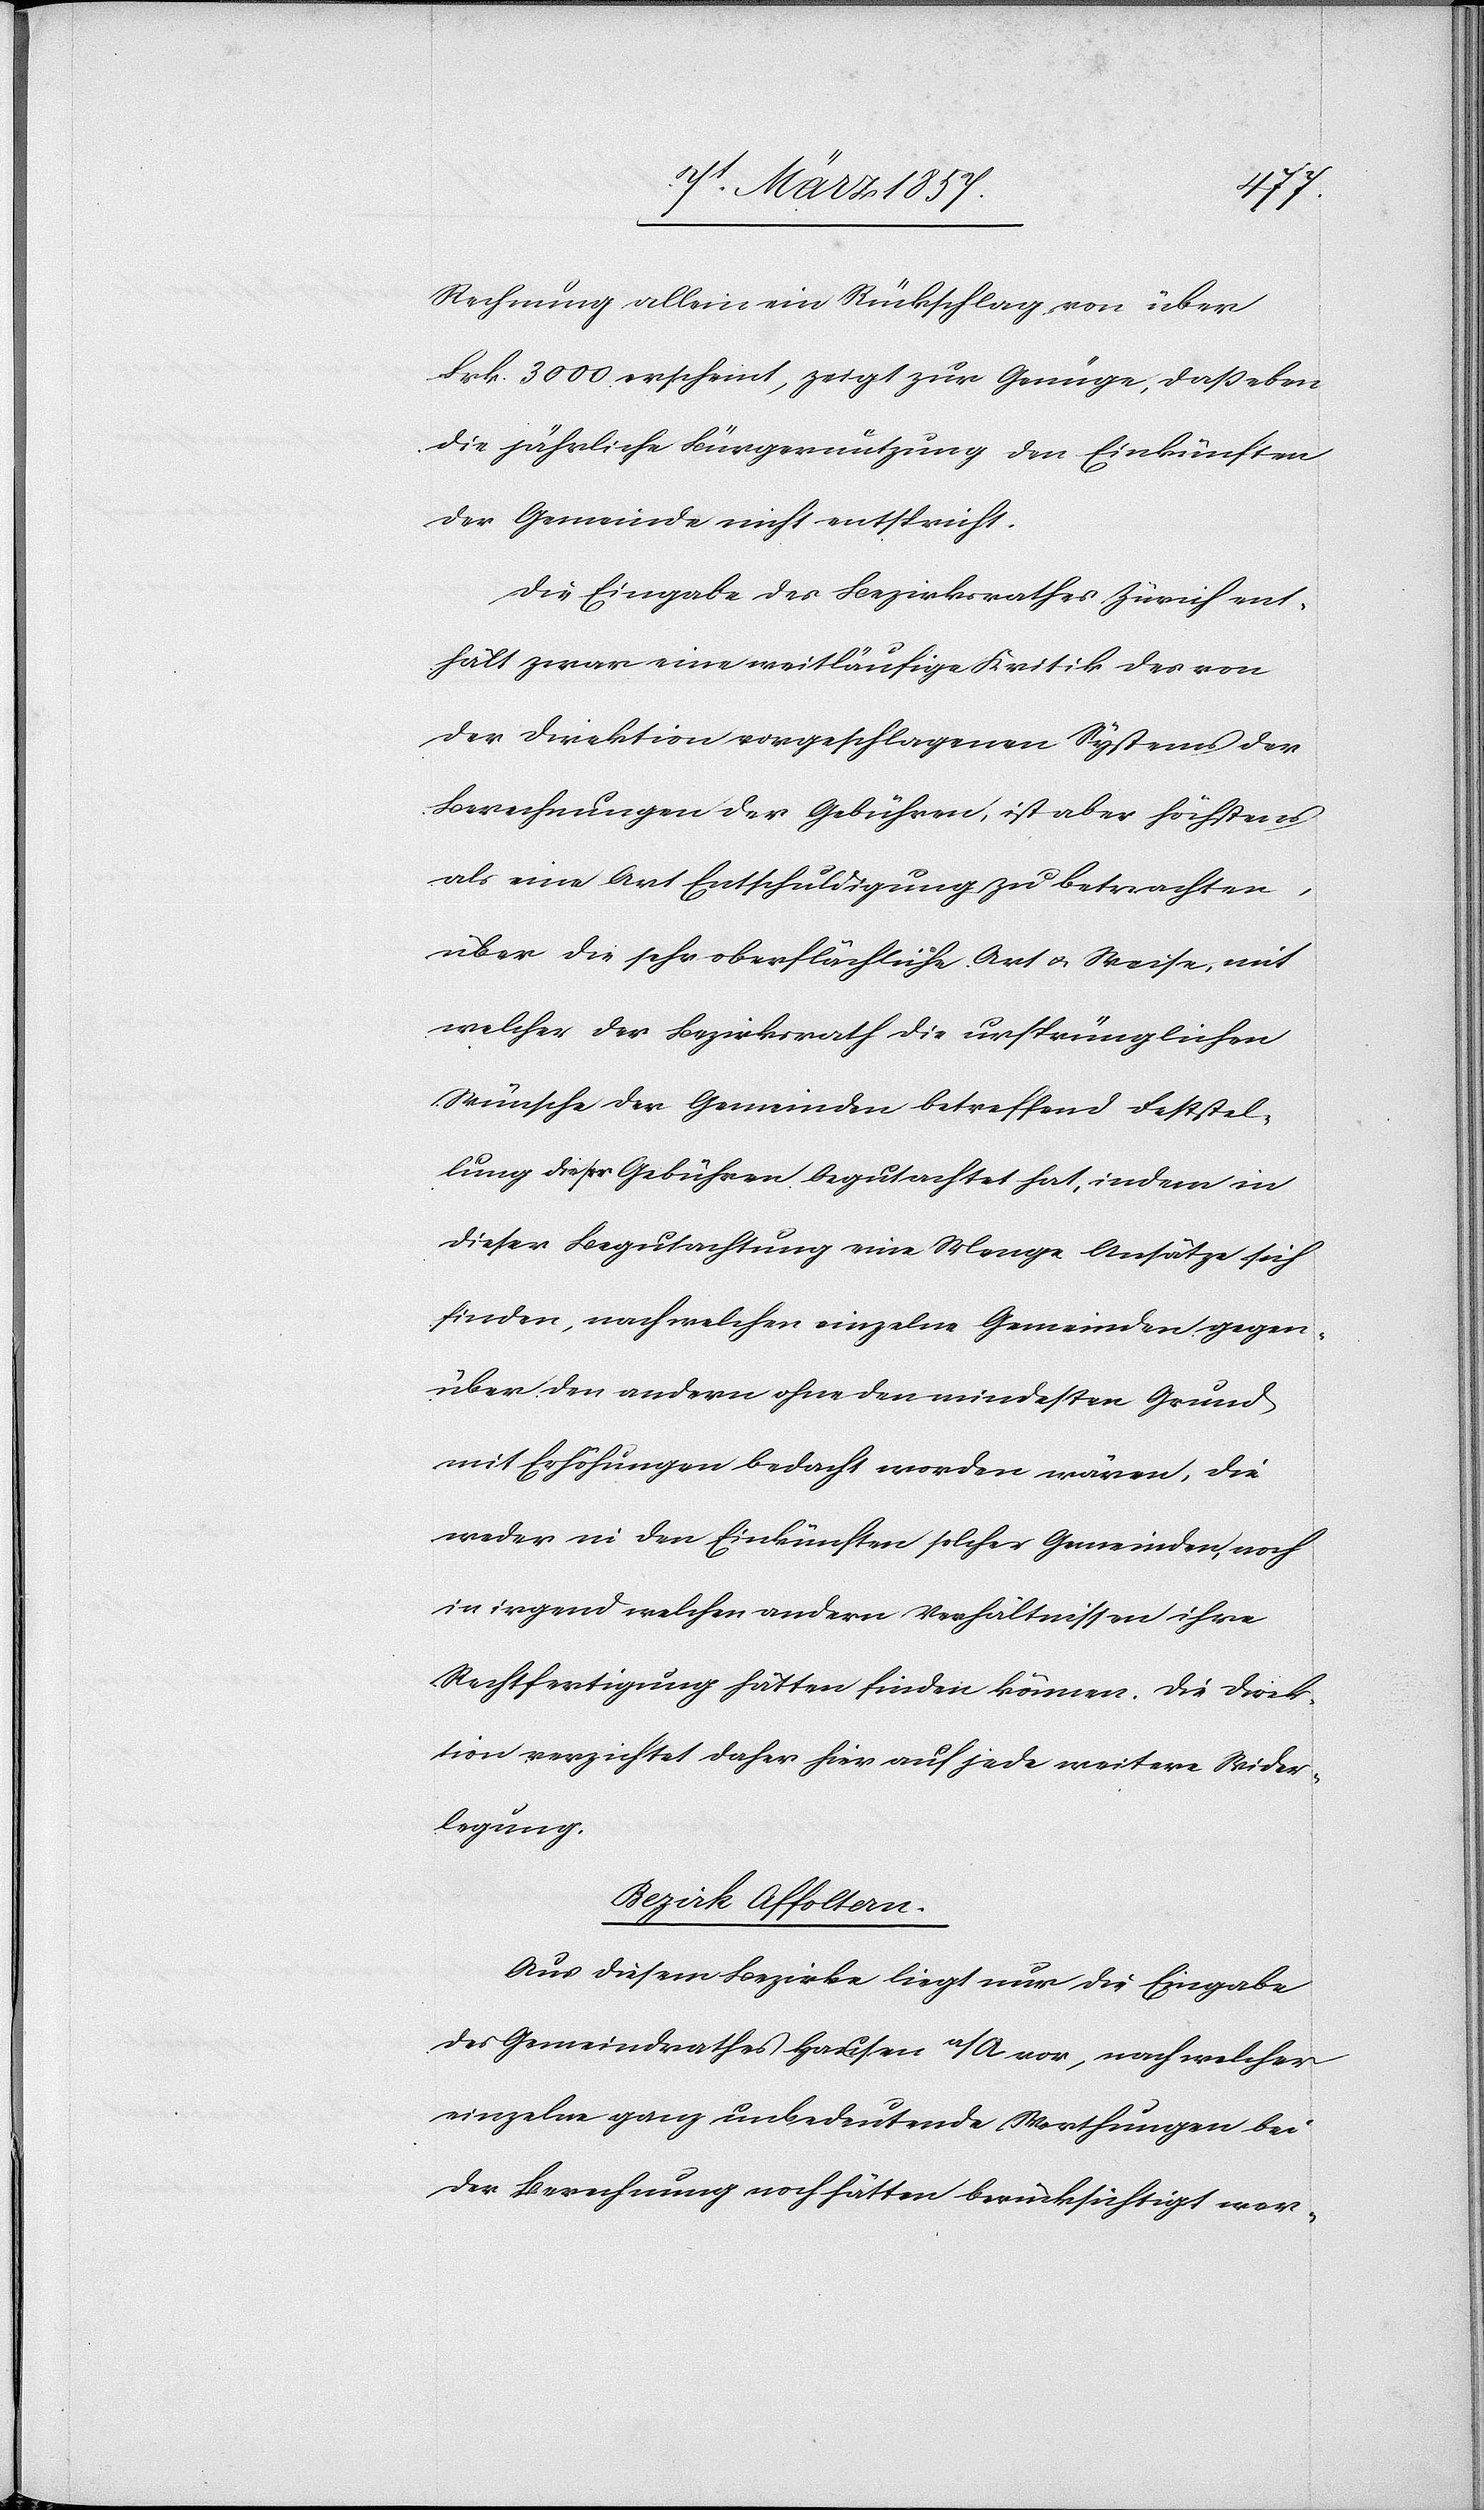
Rechnung allein ein Rückschlag von über
Frk. 3000 erscheint, zeigt zur Genüge, daß eben
die jährliche Bürgernutzung den Einkünften
der Gemeinde nicht entspricht.
Die Eingabe des Bezirksrathes Zürich ent¬
hält zwar eine weitläufige Kritik des von
der Direktion vorgeschlagenen Systems der
Berechnungen der Gebühren, ist aber höchstens
als eine Art Entschuldigung zu betrachten,
über die sehr oberflächliche Art u. Weise, mit
welcher der Bezirksrath die ursprünglichen
Wünsche der Gemeinden betreffend Feststel¬
lung dieser Gebühren begutachtet hat, indem in
dieser Begutachtung eine Menge Ansätze sich
finden, nach welchen einzelne Gemeinden gegen¬
über den andern ohne den mindesten Grund
mit Erhöhungen bedacht worden wären, die
weder in den Einkünften solcher Gemeinden, noch
in irgend welchen andern Verhältnissen ihre
Rechtfertigung hätten finden können. Die Direk¬
tion verzichtet daher hier auf jede weitere Nieder¬
legung;
Bezirk Affoltern.
Aus diesem Bezirke liegt nur die Eingabe
des Gemeindrathes Hausen a/A vor, nach welcher
einzelne ganz unbedeutende Werthungen bei
der Berechnung noch hätten berücksichtigt wer-